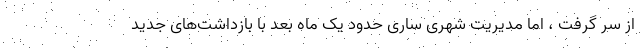
از سر گرفت ، اما مدیریت شهری ساری حدود یک ماه بعد با بازداشت‌های جدید